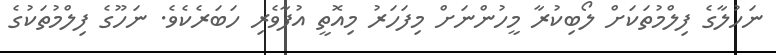
ނަހުލާގެ ފިލްމުތަކަށް ލޯބިކުރާ މީހުންނަށް މިފަހަރު މިއޮތީ އުފާވެރި ހަބަރެކެވެ. ނަހޫގެ ފިލްމުތަކުގެ